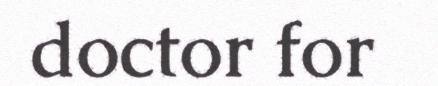
doctor for